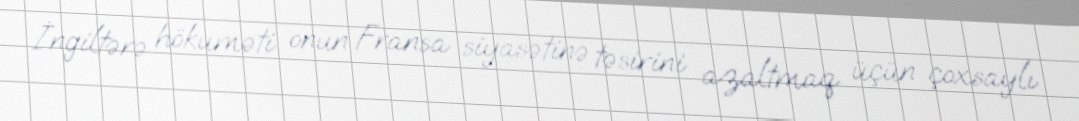
İngiltərə hökuməti onun Fransa siyasətinə təsirini azaltmaq üçün çoxsaylı